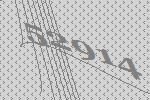
52914